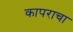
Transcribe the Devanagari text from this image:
कापराचा